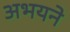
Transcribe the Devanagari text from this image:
अभयने